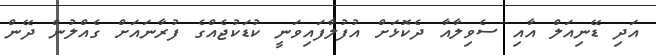
އަދި ޑޭނިއަލް އާއި ސެވިލާއާ ދެކޮޅަށް އުފުލާފައިވަނީ ކުޑަކުޖެއްގެ ފުރާނައަށް ގެއްލުން ދޭން